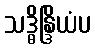
သဒ္ဓိန္ဒြိယံပ